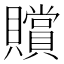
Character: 贘